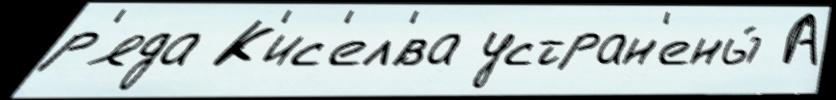
р'яда К'ис'ел'́ва устран'ены́ А